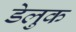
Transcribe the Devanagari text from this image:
डेलुक